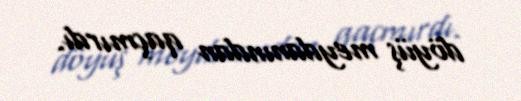
döyüş meydanından qaçmırdı.